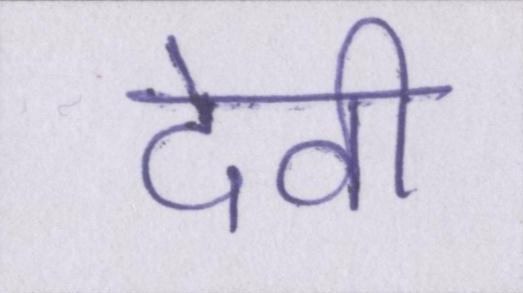
देवी